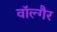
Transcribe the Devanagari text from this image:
वॉल्गैर